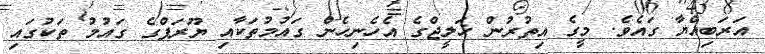
އަރަބިއްޔާ ގައެވެ. މީގެ އިތުރުން ޚަލީޖްގެ އެހެނިހެން ގައުމުތަކާއި ޔޫރަޕްގެ ގައުމު ތަކުގައި